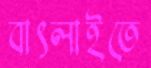
বাৎলাইতে